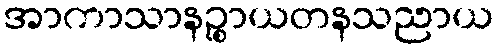
အာကာသာနဉ္စာယတနသညာယ